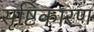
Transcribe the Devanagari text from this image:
सृष्टिकारण